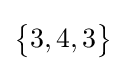
{\begin{Bmatrix}3,4,3\end{Bmatrix}}